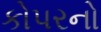
કોપરનો